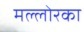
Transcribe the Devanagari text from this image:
मल्लोरका